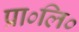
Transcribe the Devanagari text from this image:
प्रा०लि०